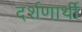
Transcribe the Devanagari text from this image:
दर्शणार्थी